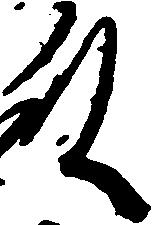
殿